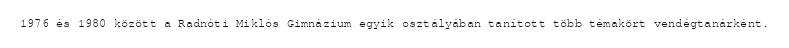
1976 és 1980 között a Radnóti Miklós Gimnázium egyik osztályában tanított több témakört vendégtanárként.